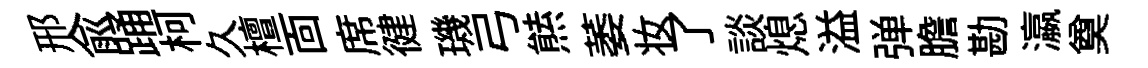
邢兪踊柯久檀靣席徤璣弓㷱萎妆了談熄溢弹膽勘瀛奠